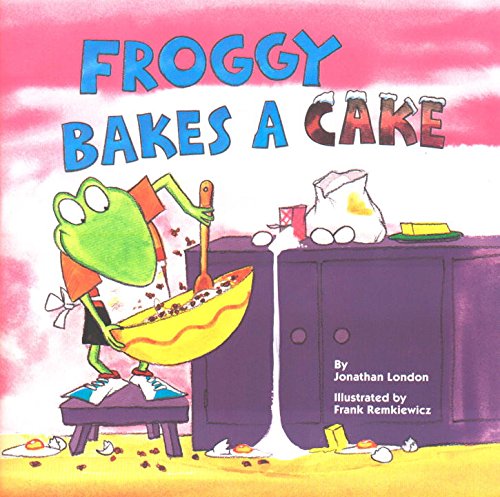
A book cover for Froggy Bakes a Cake; Jonathan London; Children's Books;